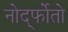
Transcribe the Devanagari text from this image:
नोर्द्फोतो